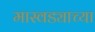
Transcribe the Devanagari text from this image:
मास्वड्याच्या